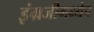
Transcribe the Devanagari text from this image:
इंग्रजीमध्येच